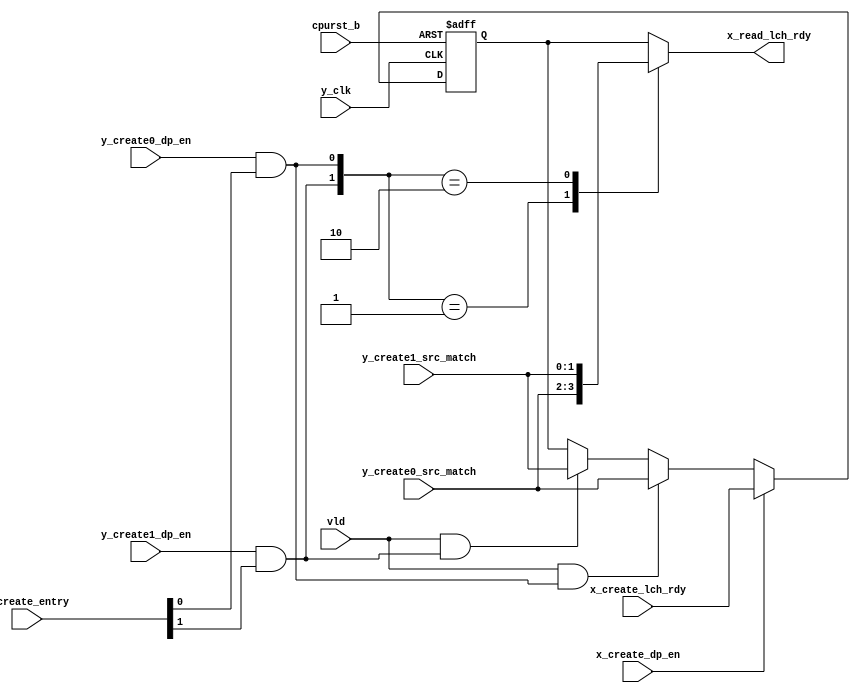
/*Copyright 2019-2021 T-Head Semiconductor Co., Ltd.

Licensed under the Apache License, Version 2.0 (the "License");
you may not use this file except in compliance with the License.
You may obtain a copy of the License at

    http://www.apache.org/licenses/LICENSE-2.0

Unless required by applicable law or agreed to in writing, software
distributed under the License is distributed on an "AS IS" BASIS,
WITHOUT WARRANTIES OR CONDITIONS OF ANY KIND, either express or implied.
See the License for the specific language governing permissions and
limitations under the License.
*/

// &ModuleBeg; @24
module ct_idu_is_aiq_lch_rdy_2(
  cpurst_b,
  vld,
  x_create_dp_en,
  x_create_entry,
  x_create_lch_rdy,
  x_read_lch_rdy,
  y_clk,
  y_create0_dp_en,
  y_create0_src_match,
  y_create1_dp_en,
  y_create1_src_match
);

// &Ports; @25
input          cpurst_b;           
input          vld;                
input          x_create_dp_en;     
input   [1:0]  x_create_entry;     
input   [1:0]  x_create_lch_rdy;   
input          y_clk;              
input          y_create0_dp_en;    
input   [1:0]  y_create0_src_match; 
input          y_create1_dp_en;    
input   [1:0]  y_create1_src_match; 
output  [1:0]  x_read_lch_rdy;     

// &Regs; @26
reg     [1:0]  lch_rdy;            
reg     [1:0]  x_read_lch_rdy;     

// &Wires; @27
wire           cpurst_b;           
wire           lch_rdy_create0_en; 
wire           lch_rdy_create1_en; 
wire           vld;                
wire           x_create_dp_en;     
wire    [1:0]  x_create_entry;     
wire    [1:0]  x_create_lch_rdy;   
wire           y_clk;              
wire           y_create0_dp_en;    
wire    [1:0]  y_create0_src_match; 
wire           y_create1_dp_en;    
wire    [1:0]  y_create1_src_match; 



parameter WIDTH = 2;
//==========================================================
//                     Preg Register
//==========================================================
assign lch_rdy_create0_en = y_create0_dp_en && x_create_entry[0];
assign lch_rdy_create1_en = y_create1_dp_en && x_create_entry[1];

always @(posedge y_clk or negedge cpurst_b)
begin
  if(!cpurst_b)
    lch_rdy[WIDTH-1:0] <= {WIDTH{1'b0}};
  else if(x_create_dp_en)
    lch_rdy[WIDTH-1:0] <= x_create_lch_rdy[WIDTH-1:0];
  else if(vld && lch_rdy_create0_en)
    lch_rdy[WIDTH-1:0] <= y_create0_src_match[WIDTH-1:0];
  else if(vld && lch_rdy_create1_en)
    lch_rdy[WIDTH-1:0] <= y_create1_src_match[WIDTH-1:0];
  else
    lch_rdy[WIDTH-1:0] <= lch_rdy[WIDTH-1:0];
end

//==========================================================
//                      Read Port
//==========================================================
// &CombBeg; @54
always @( y_create0_src_match[1:0]
       or lch_rdy_create1_en
       or lch_rdy[1:0]
       or lch_rdy_create0_en
       or y_create1_src_match[1:0])
begin
  case({lch_rdy_create1_en,lch_rdy_create0_en})
    2'b01  : x_read_lch_rdy[WIDTH-1:0] = y_create0_src_match[WIDTH-1:0];
    2'b10  : x_read_lch_rdy[WIDTH-1:0] = y_create1_src_match[WIDTH-1:0];
    default: x_read_lch_rdy[WIDTH-1:0] = lch_rdy[WIDTH-1:0];
  endcase
// &CombEnd; @60
end

// &ModuleEnd; @62
endmodule